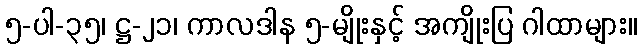
၅-ပါ-၃၅၊ ဋ္ဌ-၂၁၊ ကာလဒါန ၅-မျိုးနှင့် အကျိုးပြ ဂါထာများ။